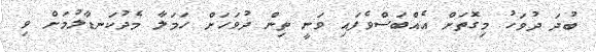
ބުދަ ދުވަހު މިގޮތަށް އެއްބަސްވެފައި ވަނީ ތިން ދުވަހަށް ހަމަލާ މެދުކަނޑާލުމަށް ވި